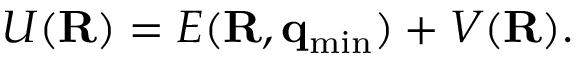
\begin{array} { r } { U ( { \bf R } ) = E ( { \bf R } , { \bf q } _ { \mathrm { m i n } } ) + V ( { \bf R } ) . } \end{array}